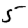
Digit: 5